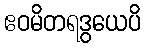
ဧဝမိတရဒွယေပိ